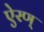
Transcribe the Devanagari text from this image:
ऐरण्